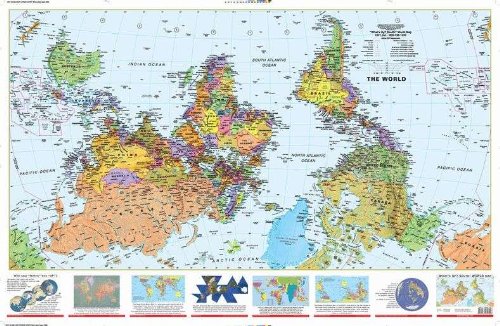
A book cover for What's Up? South! World Map (2x3') folded paper; ODTmaps.com; Reference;